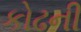
કોઢની